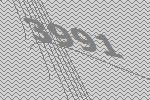
3991